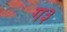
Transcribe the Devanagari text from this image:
ग३